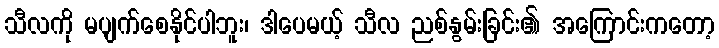
သီလကို မပျက်စေနိုင်ပါဘူး၊ ဒါပေမယ့် သီလ ညစ်နွမ်းခြင်း၏ အကြောင်းကတော့